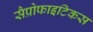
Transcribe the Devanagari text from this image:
सैप्रोफाइटिकस